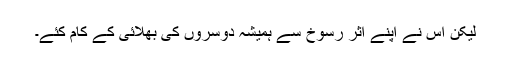
لیکن اس نے اپنے اثر رسوخ سے ہمیشہ دوسروں کی بھلائی کے کام کئے۔